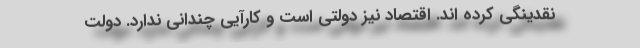
نقدینگی کرده اند. اقتصاد نیز دولتی است و کارآیی چندانی ندارد. دولت